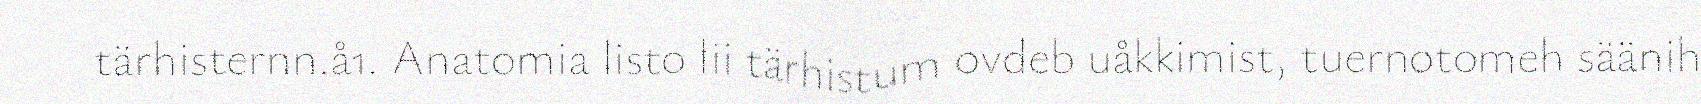
tärhisternn.å1. Anatomia listo lii tärhistum ovdeb uåkkimist, tuernotomeh säänih